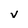
Character: v